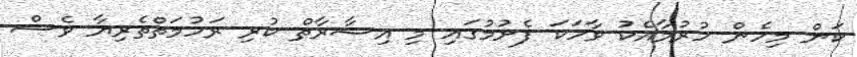
ކަން މިހެން ހުރުމާއެކު ވާހަކަ ފެށުމުގައި މި އިޝާރާތް ކުރި ރަހުމަތްތެރިޔާ ވެސް